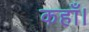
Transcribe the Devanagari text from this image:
कहाँ।